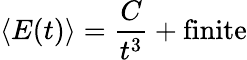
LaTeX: \langle E(t)\rangle={\frac{C}{t^{3}}}+{\textrm{finite}}